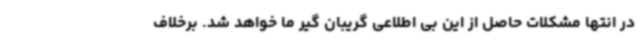
در انتها مشکلات حاصل از این بی اطلاعی گریبان گیر ما خواهد شد. برخلاف